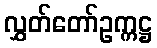
လွှတ်တော်ဥက္ကဋ္ဌ